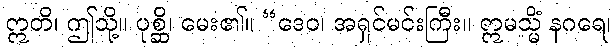
ဣတိ၊ ဤသို့။ ပုစ္ဆိ၊ မေး၏။ “ဒေဝ၊ အရှင်မင်းကြီး။ ဣမသ္မိံ နဂရေ၊